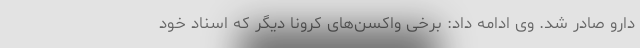
دارو صادر شد. وی ادامه داد: برخی واکسن‌های کرونا دیگر که اسناد خود